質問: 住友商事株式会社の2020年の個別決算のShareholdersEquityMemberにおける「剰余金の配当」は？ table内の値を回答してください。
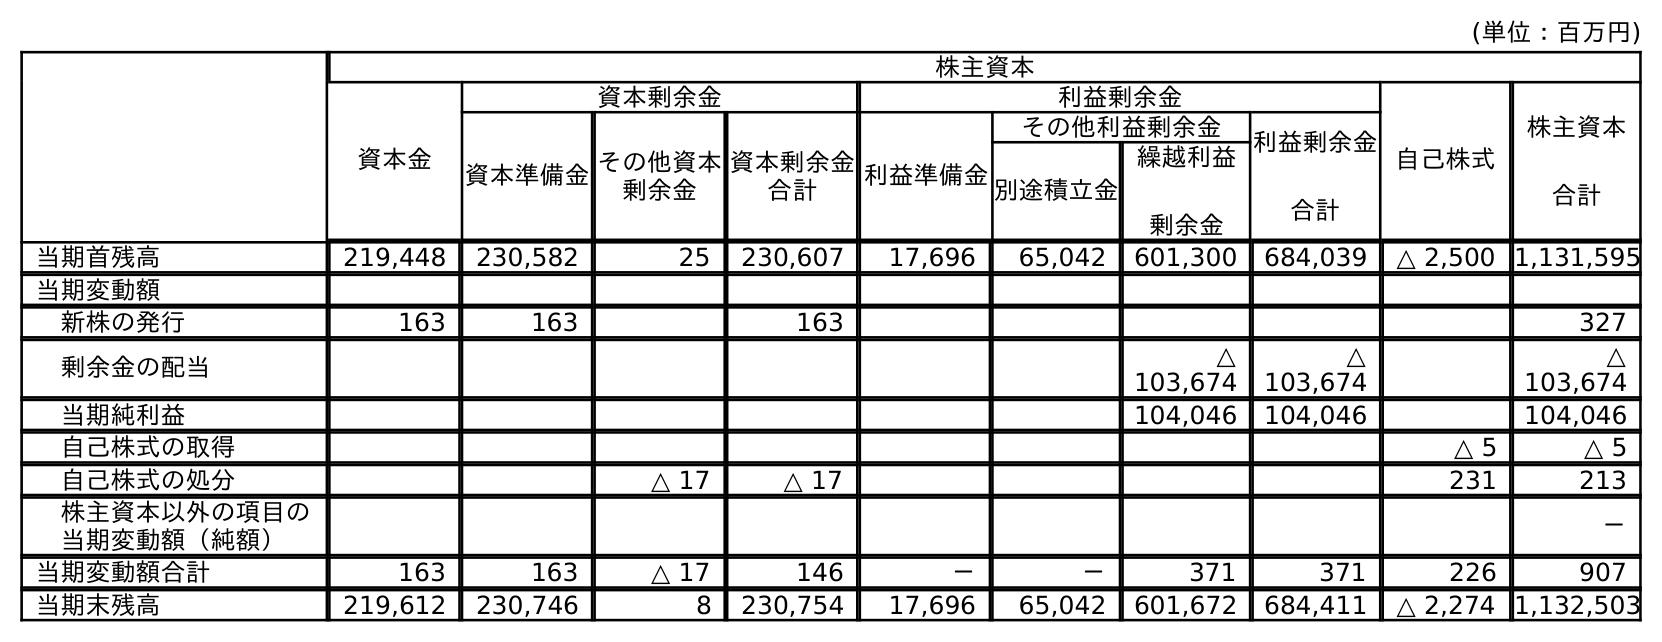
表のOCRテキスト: (単位：百万円) 株主資本 資本金 資本剰余金 利益剰余金 自己株式 株主資本 合計 資本準備金その他資本 剰余金 資本剰余金 合計 利益準備金 その他利益剰余金 利益剰余金 合計 別途積立金 繰越利益 剰余金 当期首残高 219,448 230,582 25 230,607 17,696 65,042 601,300 684,039 △ 2,500 1,131,595 当期変動額 新株の発行 163 163 163 327 剰余金の配当 △ 103,674 △ 103,674 △ 103,674 当期純利益 104,046 104,046 104,046 自己株式の取得 △ 5 △ 5 自己株式の処分 △ 17 △ 17 231 213 株主資本以外の項目の 当期変動額（純額） － 当期変動額合計 163 163 △ 17 146 － － 371 371 226 907 当期末残高 219,612 230,746 8 230,754 17,696 65,042 601,672 684,411 △ 2,274 1,132,503
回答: △103,674